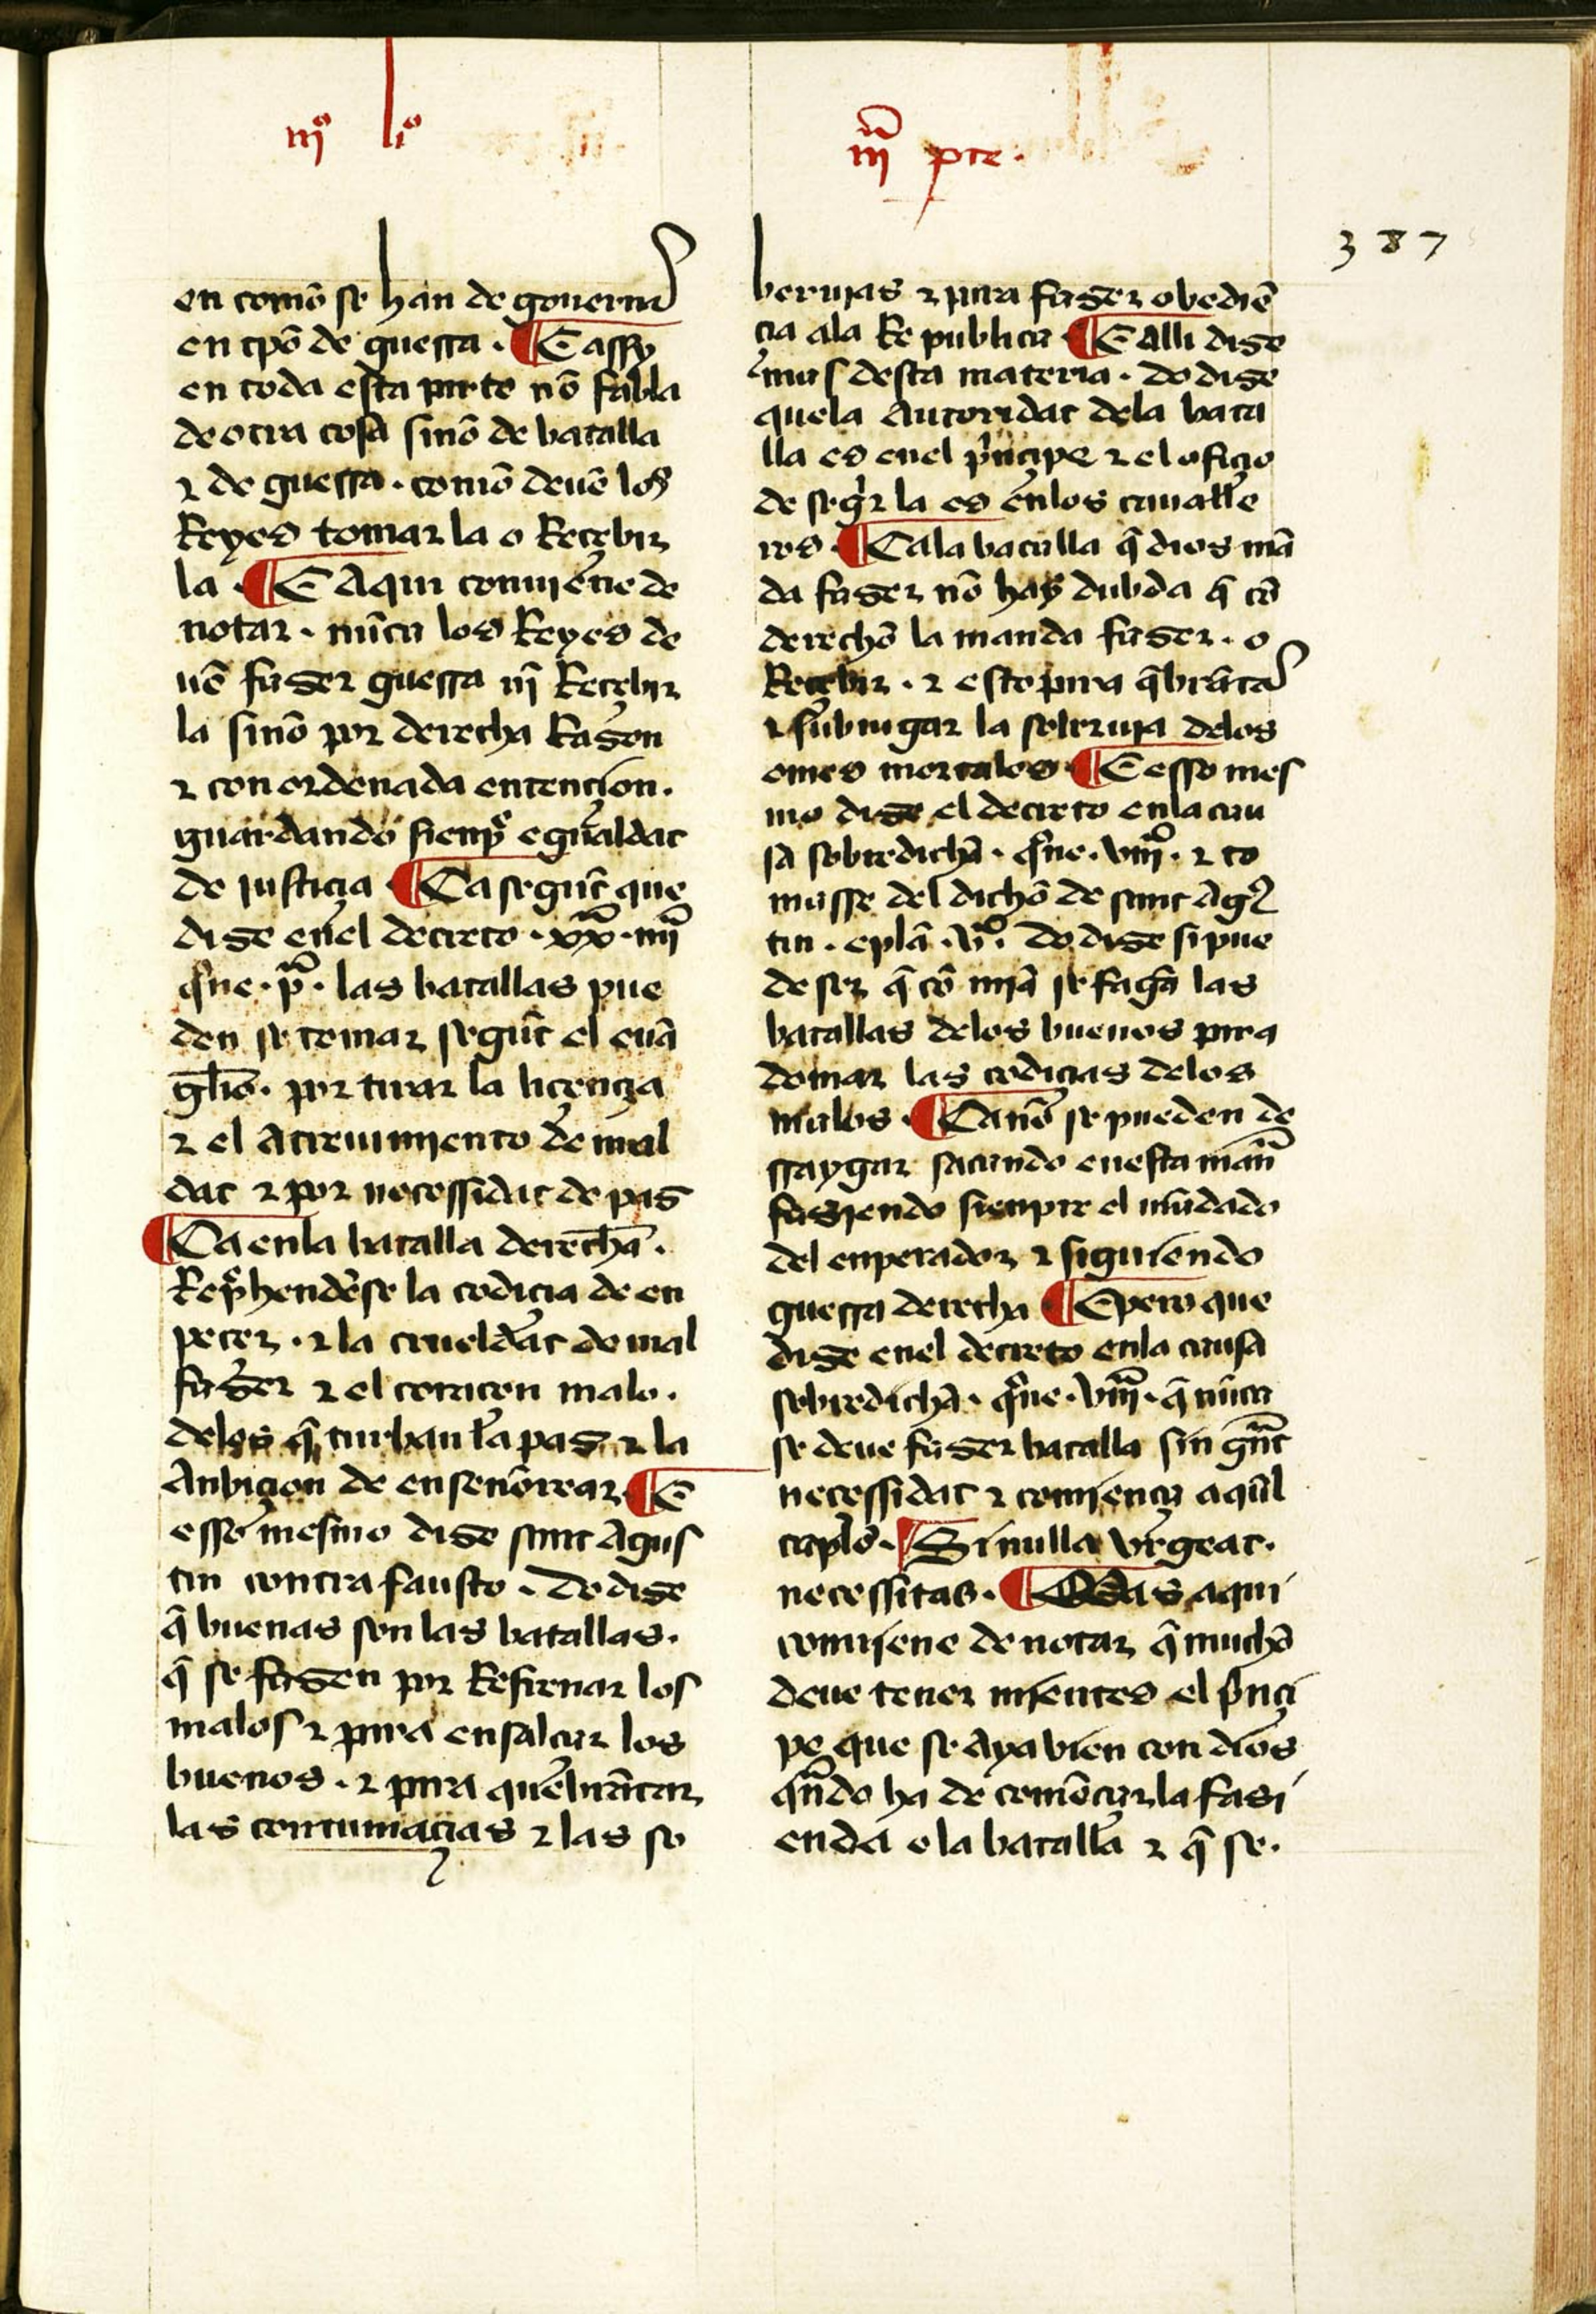
Shelfmark: Salamanca, Biblioteca Histórica USAL, 2097
Century: 15